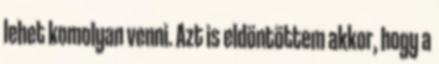
lehet komolyan venni. Azt is eldöntöttem akkor, hogy a